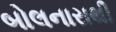
બોલનારાથી